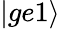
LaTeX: |ge1\rangle